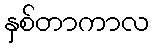
နှစ်တာကာလ